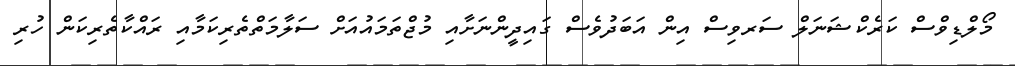
މޯލްޑިވްސް ކަރެކްޝަނަލް ސަރވިސް އިން އަބަދުވެސް ގައިދީންނަށާއި މުޖްތަމައުއަށް ސަލާމަތްތެރިކަމާއި ރައްކާތެރިކަން ހުރި